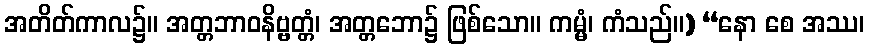
အတိတ်ကာလ၌။ အတ္တဘာဝနိဗ္ဗတ္တံ၊ အတ္တဘော၌ ဖြစ်သော။ ကမ္မံ၊ ကံသည်။) “နော စေ အဿ၊